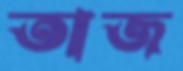
তাজ